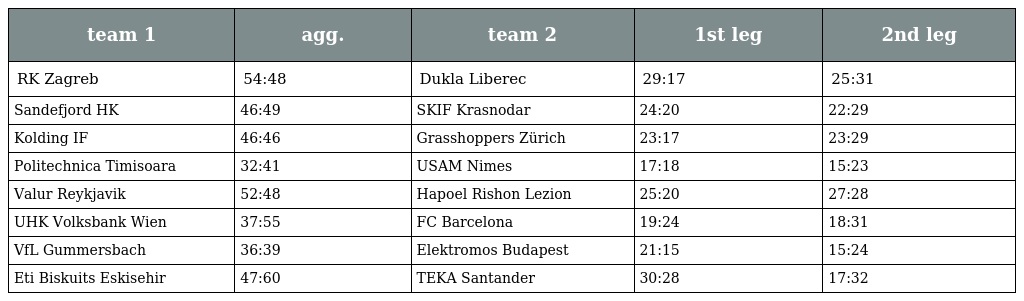
| team 1 | agg. | team 2 | 1st leg | 2nd leg |
 | --- | --- | --- | --- | --- |
 | RK Zagreb | 54:48 | Dukla Liberec | 29:17 | 25:31 |
 | Sandefjord HK | 46:49 | SKIF Krasnodar | 24:20 | 22:29 |
 | Kolding IF | 46:46 | Grasshoppers Zürich | 23:17 | 23:29 |
 | Politechnica Timisoara | 32:41 | USAM Nimes | 17:18 | 15:23 |
 | Valur Reykjavik | 52:48 | Hapoel Rishon Lezion | 25:20 | 27:28 |
 | UHK Volksbank Wien | 37:55 | FC Barcelona | 19:24 | 18:31 |
 | VfL Gummersbach | 36:39 | Elektromos Budapest | 21:15 | 15:24 |
 | Eti Biskuits Eskisehir | 47:60 | TEKA Santander | 30:28 | 17:32 |